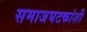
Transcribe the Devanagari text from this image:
समाजघटकांशी